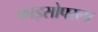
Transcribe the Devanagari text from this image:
क्राइसोपरला